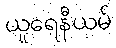
ယူရေနီယမ်